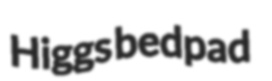
Higgs bedpad